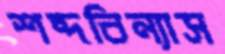
শব্দবিন্যাস